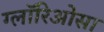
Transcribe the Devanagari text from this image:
ग्लॉरिओसा